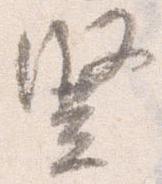
豎